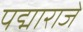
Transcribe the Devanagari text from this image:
पद्माराजे